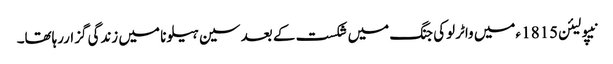
نیپولیئن1815 ءمیں واٹرلوکی جنگ میں شکست کے بعد سین ہیلونا میں زندگی گزاررہاتھا۔